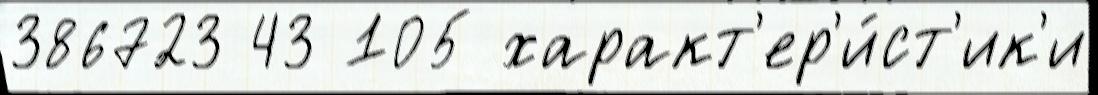
386723 43 105 характ'ер'и́ст'ик'и